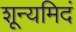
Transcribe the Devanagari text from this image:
शून्यमिदं